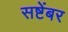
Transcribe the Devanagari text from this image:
सष्टेंबर